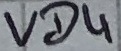
Text: VD4